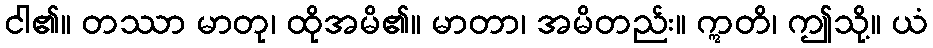
ငါ၏။ တဿာ မာတု၊ ထိုအမိ၏။ မာတာ၊ အမိတည်း။ ဣတိ၊ ဤသို့။ ယံ